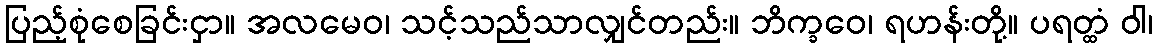
ပြည့်စုံစေခြင်းငှာ။ အလမေဝ၊ သင့်သည်သာလျှင်တည်း။ ဘိက္ခဝေ၊ ရဟန်းတို့။ ပရတ္ထံ ဝါ၊